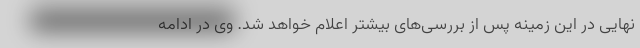
نهایی در این زمینه پس از بررسی‌های بیشتر اعلام خواهد شد. وی در ادامه